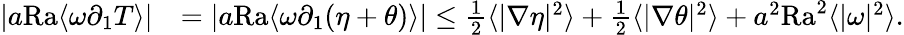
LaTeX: \begin{array}{rl}{|a\mathrm{{Ra}}\langle\omega\partial_{1}T\rangle|}&{=|a{\mathrm{Ra}}\langle\omega\partial_{1}(\eta+\theta)\rangle|\leq\frac{1}{2}\langle|\nabla\eta|^{2}\rangle+\frac{1}{2}\langle|\nabla\theta|^{2}\rangle+a^{2}\mathrm{{Ra}}^{2}\langle|\omega|^{2}\rangle.}\end{array}